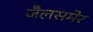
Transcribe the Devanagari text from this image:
जैलसमेर